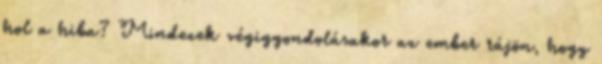
hol a hiba? Mindezek végiggondolásakor az ember rájön, hogy